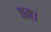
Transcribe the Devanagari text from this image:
पग।